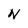
Character: S